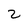
Character: 2